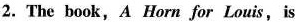
2.The book, A Horn for Louis,is